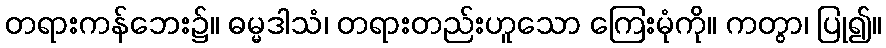
တရားကန်ဘေး၌။ ဓမ္မဒါသံ၊ တရားတည်းဟူသော ကြေးမုံကို။ ကတွာ၊ ပြု၍။